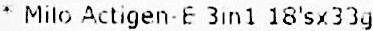
* MILO ACTIGEN-E 3IN1 18'SX33G